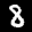
Label: 8